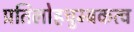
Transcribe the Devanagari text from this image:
प्रतिलोहचुम्बकत्व